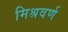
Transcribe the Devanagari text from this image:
मिश्रवर्ण